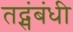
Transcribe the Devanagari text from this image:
तद्संबंधी